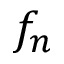
f _ { n }